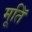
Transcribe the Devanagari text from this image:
मूतिॅ